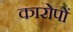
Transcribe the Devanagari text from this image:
कारोपों